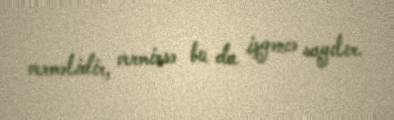
verməlidir, vermirsə bu da işgəncə sayılır.